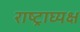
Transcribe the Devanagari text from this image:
राष्ट्राघ्यक्ष